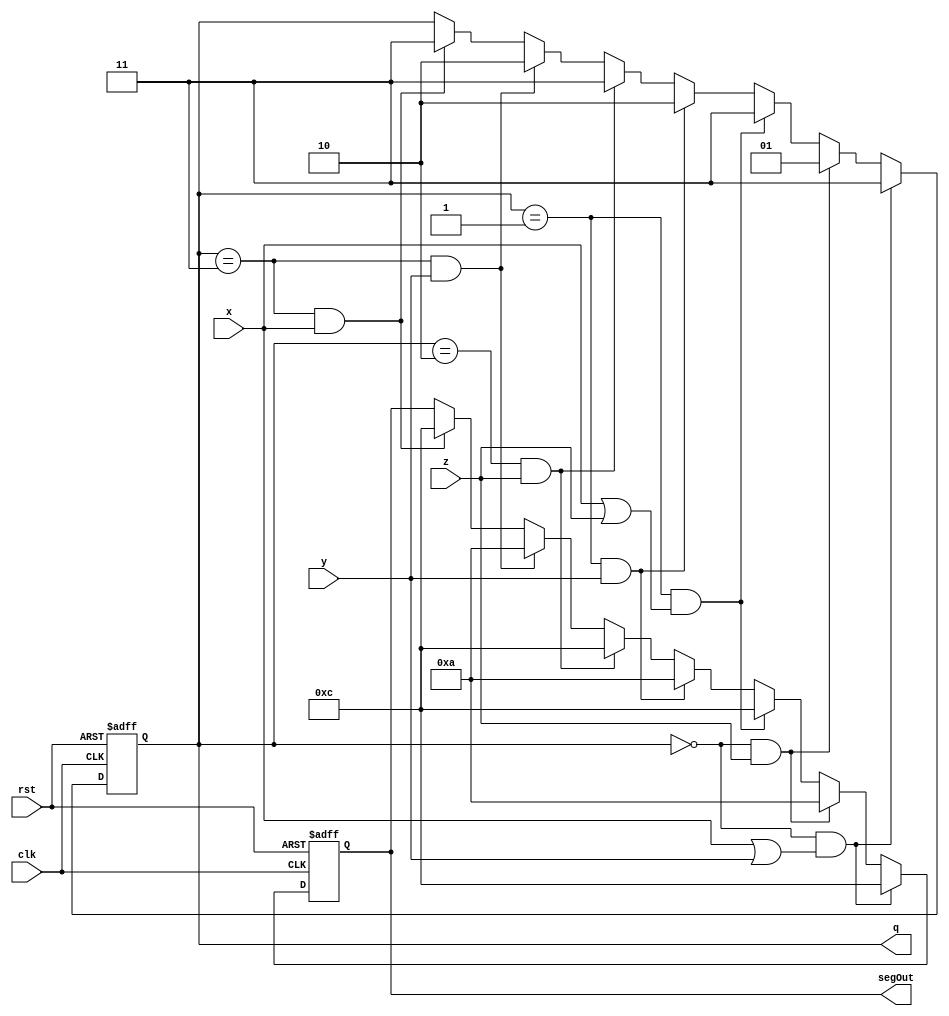
module MSM(q,segOut,x,y,z,clk,rst);	//Module MSM, for part three

	input wire x,y,z,clk,rst;	//inputs x,y,z => state machine inputs, clk => clock, rst => reset
	output wire [1:0]q;	//current state output
	output wire [3:0]segOut;	//state output
	reg [1:0]qReg;	//current state reg
	reg [3:0]outReg;	//reg for state output 
	
	assign q=qReg;	//assigns qreg to q
	assign segOut=outReg; //outputs a,b,c

	always @ (posedge clk or negedge rst)	//always block sensitive to clock and reset
		if(~rst)begin	//if reset
			qReg = 0;	//state is 0
			outReg = 11;	//output is b
			end	//end if
		else if (qReg == 0 && (x || y))begin	//if state is 0 and x or y
			qReg = 3;	//state is 3
			outReg = 12;	//output is c
			end	//end else if
		else if (qReg == 0 && z)begin		//if state is 0 and z
			qReg = 1;	//state is 1
			outReg = 10;	//output is a
			end
		else if (qReg == 1 && (x || z))begin	//if state is 1 and x or z
			qReg = 3;	//state is 3
			outReg = 12;	//output is c
			end	//end else if
		else if (qReg == 1 && y)begin	//if state is 1 and y
			qReg = 2;	//state is 2
			outReg = 10;	//output is a
			end	//end else if
		else if (qReg == 2 && z)begin	//if state is 2 and z
			qReg = 3;	//state is 3
			outReg = 12;	//output is c
			end	//end else if
		else if (qReg == 3 && y)begin	//if state is 3 and y
			qReg = 2;	//state is 2
			outReg = 10;	//output is a
			end	//end else if 
		else if (qReg == 3 && x)begin	//if state is 3 and x
			qReg = 3;	//state is 3
			outReg = 12;	//output is c
			end	//end else if
		
endmodule	//end of module